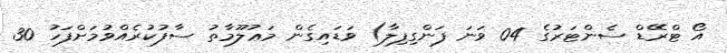
އޯ ޓްރޭޑް ސެންޓަރުގެ 04 ވަނަ ފަންގިފިލާ) ވަޑައިގެން މަޢުލޫމާތު ސާފުކުރެއްވުމަށްފަހު 30